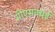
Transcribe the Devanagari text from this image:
सीएसक्यूई